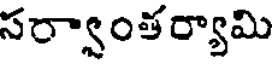
సర్వాంతర్యామి